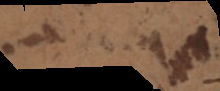
n a